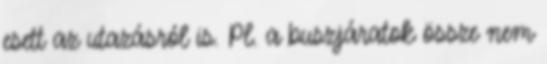
esett az utazásról is. Pl. a buszjáratok össze nem